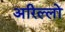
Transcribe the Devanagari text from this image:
अरिल्लों